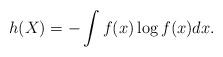
LaTeX: \begin{align*}h(X)=-\int f(x)\log f(x) dx.\end{align*}